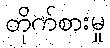
တိုက်စားမှု